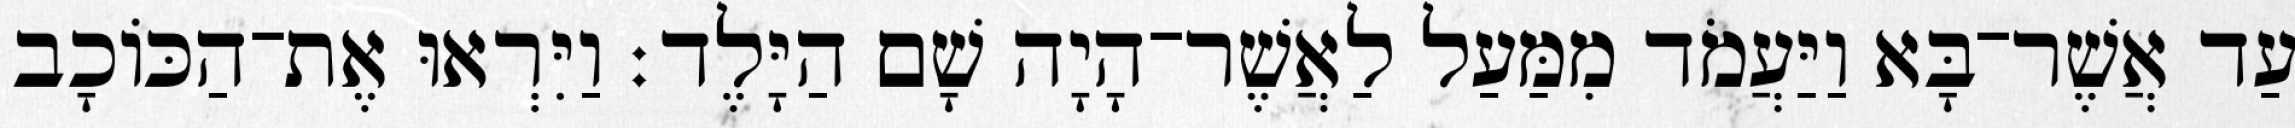
עַד אֲשֶׁר־בָּא וַיַּעֲמֹד מִמַּעַל לַאֲשֶׁר־הָיָה שָׁם הַיָּלֶד׃ וַיִּרְאוּ אֶת־הַכּוֹכָב